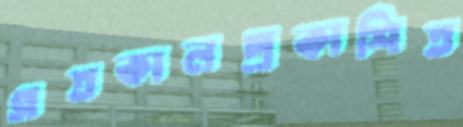
গতকালপ্রকাশিত